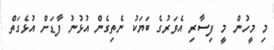
މި މީހުން މީ ފިސާރި އެވަރުގެ ބަޔަކު ނެތިގެން އުޅުނު ފާޑަށް އުޅެގަތް